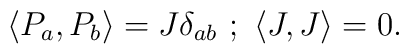
\langle P_{a}, P_{b} \rangle = J \delta_{ab} \,\,;  \,\,  \langle J , J \rangle = 0.